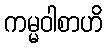
ကမ္မဝါစာဟိ